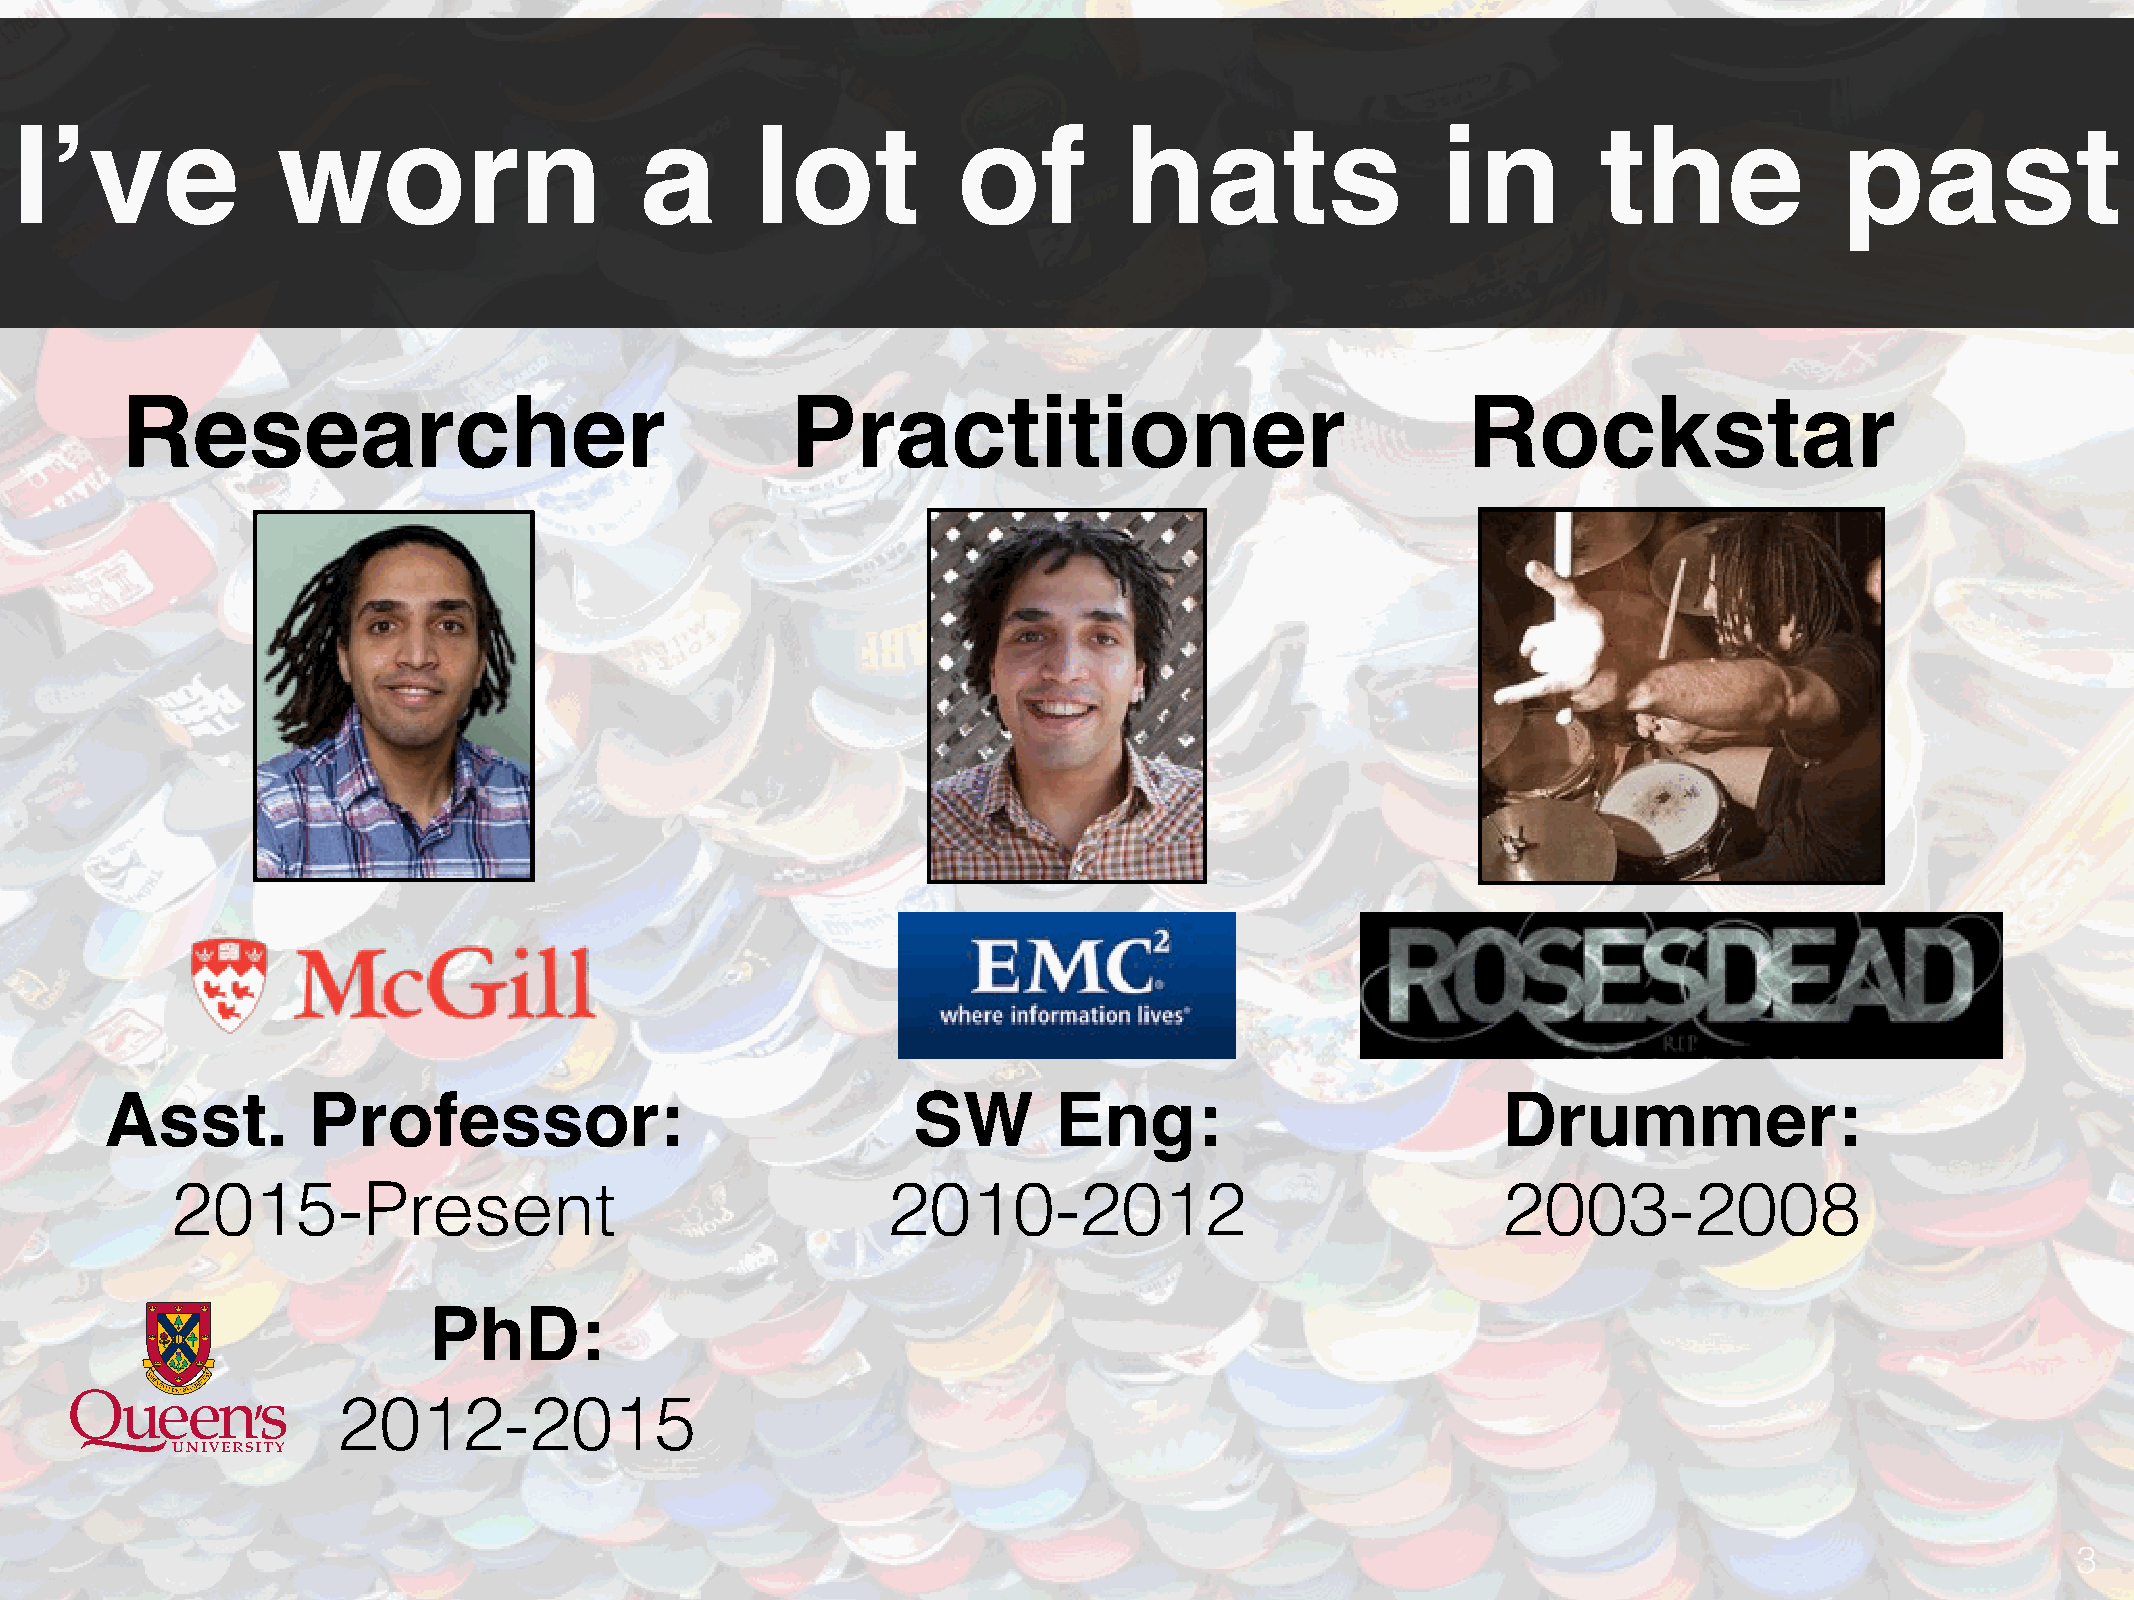
I’ve             worn                    a       lot          of         hats                 in         the             past
 Researcher                                  Practitioner                                 Rockstar
 Asst.        Professor:                              SW        Eng:                         Drummer:
 2015-Present                                    2010-2012                               2003-2008
 PhD:
 2012-2015
 3